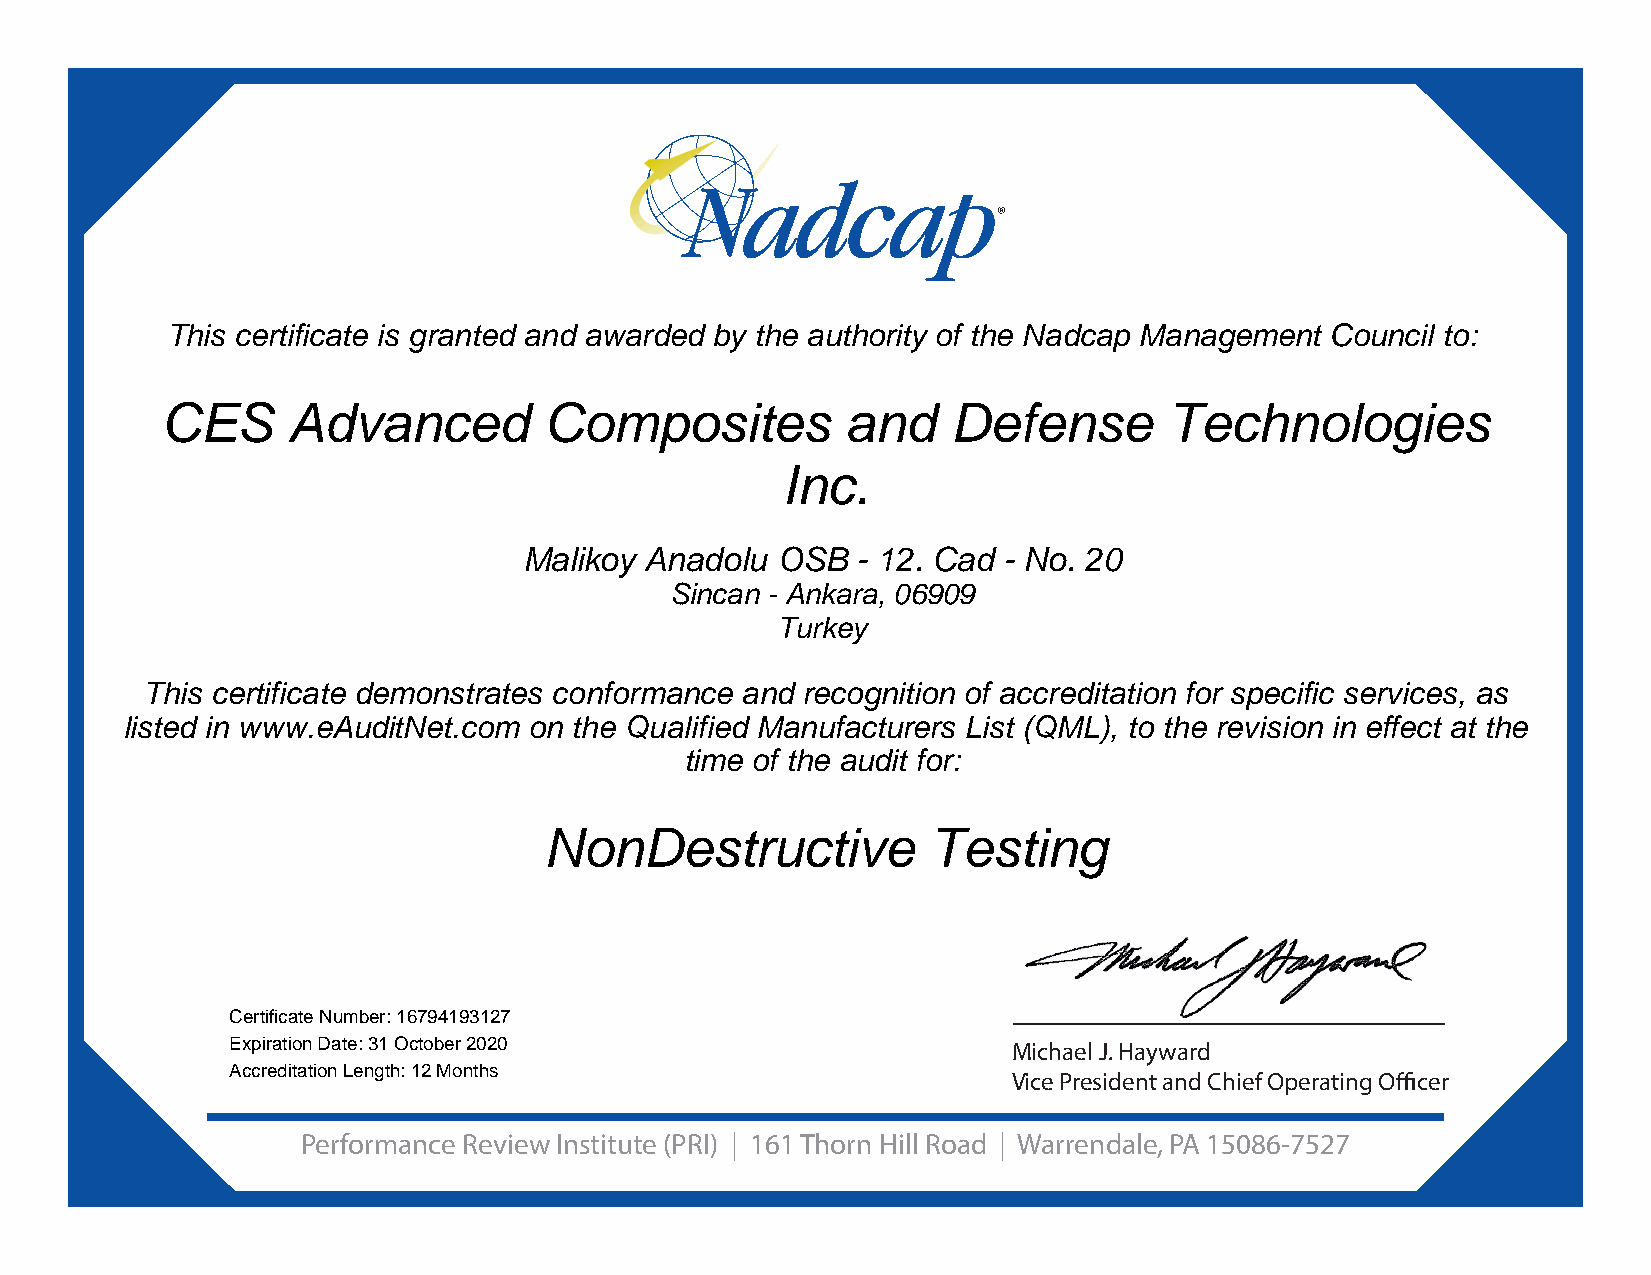
This certificate is granted and awarded by the authority of the Nadcap Management Council to:
 CES     Advanced         Composites          and    Defense       Technologies
 Inc.
 Malikoy Anadolu OSB   - 12. Cad - No. 20
 Sincan - Ankara, 06909
 Turkey
 This certificate demonstrates conformance and recognition of accreditation for specific services, as
 listed in www.eAuditNet.com on the Qualified Manufacturers List (QML), to the revision in effect at the
 time of the audit for:
 NonDestructive           Testing
 Certificate Number: 16794193127
 Expiration Date: 31 October 2020                    Michael J. Hayward
 Accreditation Length: 12 Months
 Vice President and Chief Operating Offi cer
 Performance Review Institute (PRI) | 161 Thorn Hill Road | Warrendale, PA 15086-7527